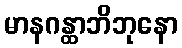
မာနဂန္ထာဘိဘုနော